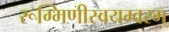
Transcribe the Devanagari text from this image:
रूग्मिणीस्वयम्वरम्